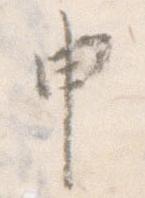
申